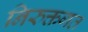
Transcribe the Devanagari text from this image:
निरुक्तगत